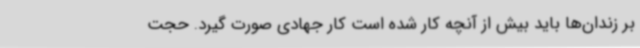
بر زندان‌ها باید بیش از آنچه کار شده است کار جهادی صورت گیرد. حجت